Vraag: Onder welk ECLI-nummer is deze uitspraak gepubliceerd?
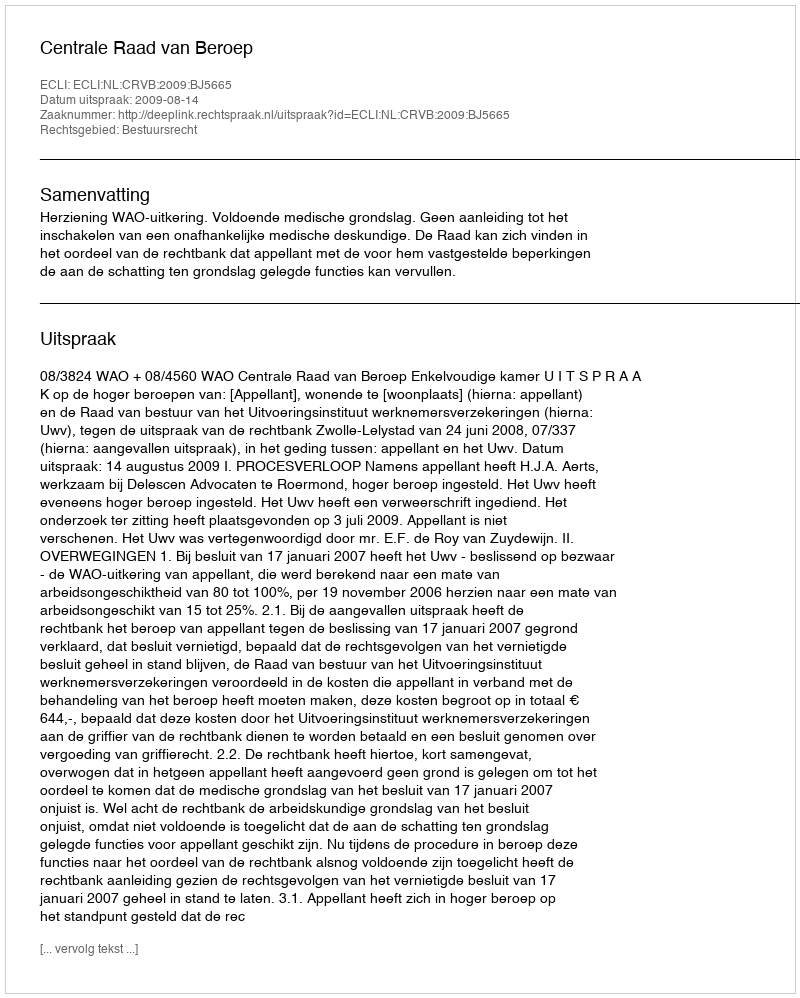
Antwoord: ECLI:NL:CRVB:2009:BJ5665